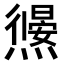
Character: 𭶜